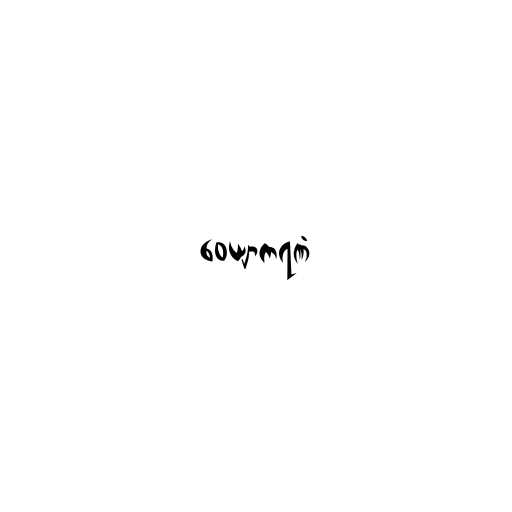
ဝေယျာကရဏံ